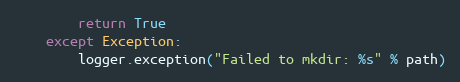
Language: Python
        return True
    except Exception:
        logger.exception("Failed to mkdir: %s" % path)